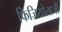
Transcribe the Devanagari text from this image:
फिजियोलाजी